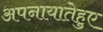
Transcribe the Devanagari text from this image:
अपनायातेहुए